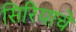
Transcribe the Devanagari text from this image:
सिरियाचे